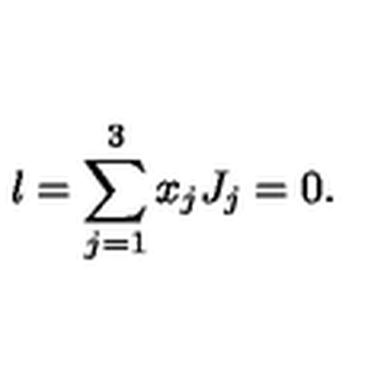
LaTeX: l = \sum _ { j = 1 } ^ { 3 } x _ { j } J _ { j } = 0 .